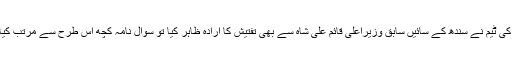
نیب کی ٹیم نے سندھ کے سائیں سابق وزیراعلیٰ قائم علی شاہ سے بھی تفتیش کا ارادہ ظاہر کیا تو سوال نامہ کچھ اس طرح سے مرتب کیا تھا۔